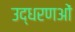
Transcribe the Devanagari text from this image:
उद्धरणओं